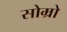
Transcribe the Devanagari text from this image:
सोम्रो